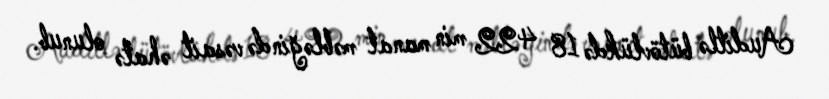
Auditlə bütövlükdə 18 422 min manat məbləğində vəsait əhatə olunub.